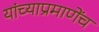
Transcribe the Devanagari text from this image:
यांच्याप्रमाणेंच